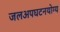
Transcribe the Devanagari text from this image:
जलअपघटनयोग्य